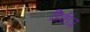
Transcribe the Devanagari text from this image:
डिकीज़